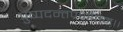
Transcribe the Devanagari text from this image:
पुष्पदन्तप्रणीतम्।।